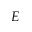
E